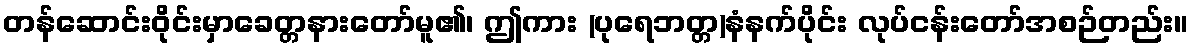
တန်ဆောင်းဝိုင်းမှာခေတ္တနားတော်မူ၏၊ ဤကား (ပုရေဘတ္တ)နံနက်ပိုင်း လုပ်ငန်းတော်အစဉ်တည်း။